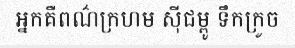
អ្នកគឺពណ៌ក្រហម ស៊ីជម្ពូ ទឹកក្រូច